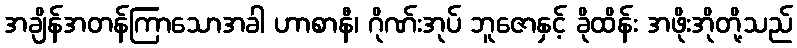
အချိန်အတန်ကြာသောအခါ ဟာစာနီ၊ ဂိုဏ်းအုပ် ဘူဇောနှင့် ခိုထိန်း အဖိုးအိုတို့သည်